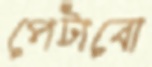
পেটাবো